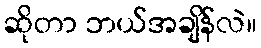
ဆိုတာ ဘယ်အချိန်လဲ။